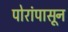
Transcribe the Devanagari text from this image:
पोरांपासून